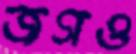
জগও